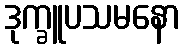
ဒုက္ခူပသမနော